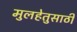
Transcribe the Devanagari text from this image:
मुलहेतुसाठी